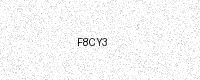
Text: F8CY3